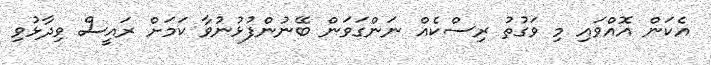
އެކަން އޮއްވައި މި ވަގުތު ރިސްކެއް ނަންގަވަން ބޭނުންފުޅުނުވާ ކަމަށް ރައީސް ވިދާޅުވި